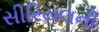
સીરિયલની